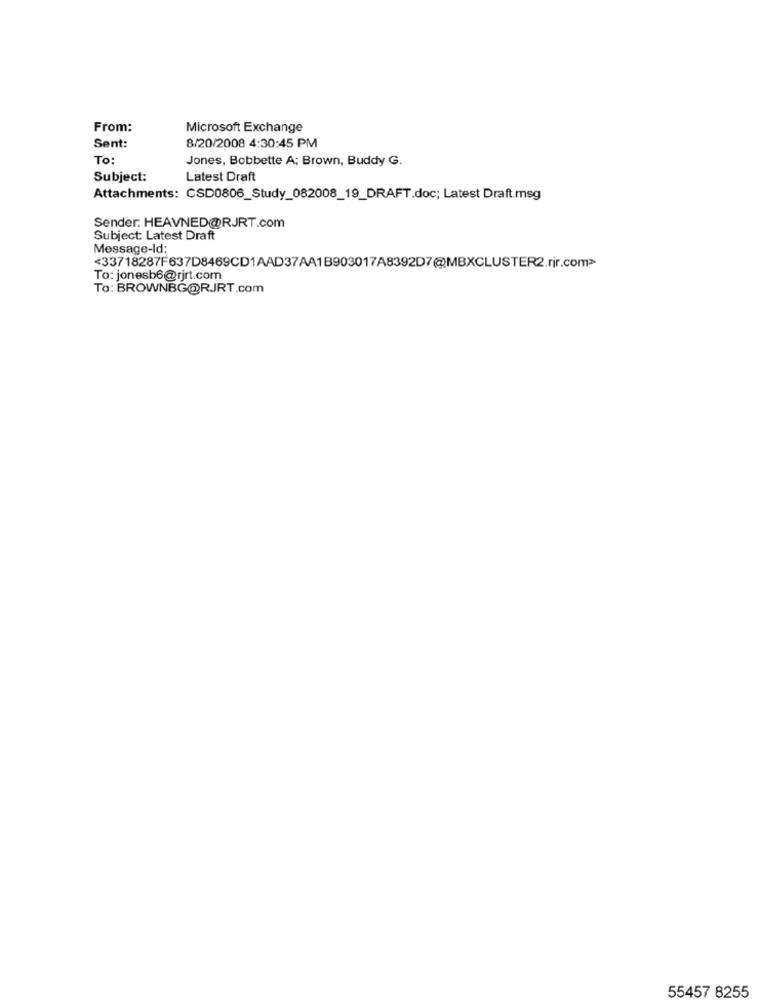
From:
Microsoft Exchange
Sent:
8/20/2008 4:30:45 PM
To:
Jones, Bobbette A; Brown, Buddy G.
Subject:
Latest Draft
Attachments: CSD0806_Study_082008_19_DRAFT.doc; Latest Draft.msg
Sender: HEAVNED@RJRT.com
Subject: Latest Draft
Message-Id:
<33718287F637D8469CD1AAD37AA1B903017A8392D7@MBXCLUSTER2.rir.com>
To: jonesb6@rjrt.com
To: BROWNBG@RJRT.com
55457 8255